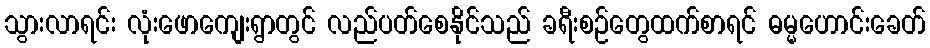
သွားလာရင်း လုံးဖောကျေးရွာတွင် လည်ပတ်စေနိုင်သည် ခရီးစဉ်တွေထက်စာရင် ဓမ္မဟောင်းခေတ်